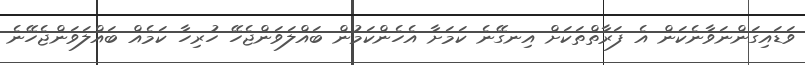
ވަޑައިގަންނަވާނެކަން އެ ފަރާތްތަކަށް އިނގޭނެ ކަމަށާ އެހެންކަމުން ބައްލަވަންޖެހޭ ހުރިހާ ކަމެއް ބައްލަވަންޖެހޭނެ